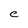
Character: e